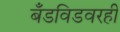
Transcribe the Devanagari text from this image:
बँडविडवरही